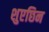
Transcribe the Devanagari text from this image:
शुएछिन